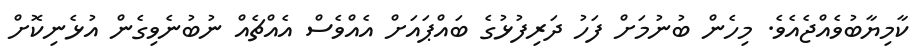
ކާމިޔާބުވެއްޖެއެވެ. މިހެން ބުނުމަށް ފަހު ދަރިފުޅުގެ ބައްޕައަށް އެއްވެސް އެއްޗެއް ނުބުނެވިގެން އުޅެނިކޮށް